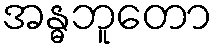
အန္ဓဘူတော